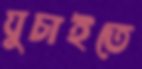
ঘুচাইতে